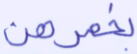
بخمرهن